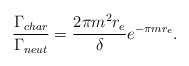
\begin{align*}\frac{\Gamma_{char}}{\Gamma_{neut}} = \frac{2 \pi m^2 r_{e}}{\delta}e^{- \pi m r_{e}}.\end{align*}